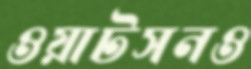
ওয়াটসনও